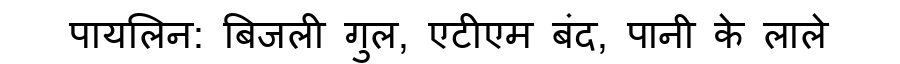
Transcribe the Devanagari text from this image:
पायलिन: बिजली गुल, एटीएम बंद, पानी के लाले